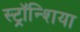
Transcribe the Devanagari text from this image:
स्ट्रॉन्शिया